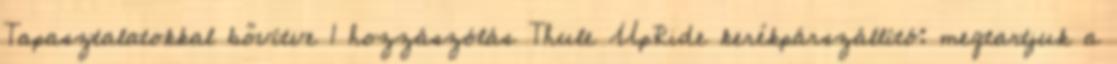
Tapasztalatokkal bővítve 1 hozzászólás Thule UpRide kerékpárszállító: megtartjuk a